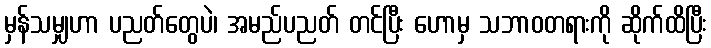
မှန်သမျှဟာ ပညတ်တွေပဲ၊ အမည်ပညတ် တင်ပြီး ဟောမှ သဘာဝတရားကို ဆိုက်ထိပြီး